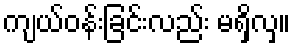
ကျယ်ဝန်းခြင်းလည်း မရှိလှ။